Calcutta medical institutions reports 1871-78
Year: 1871
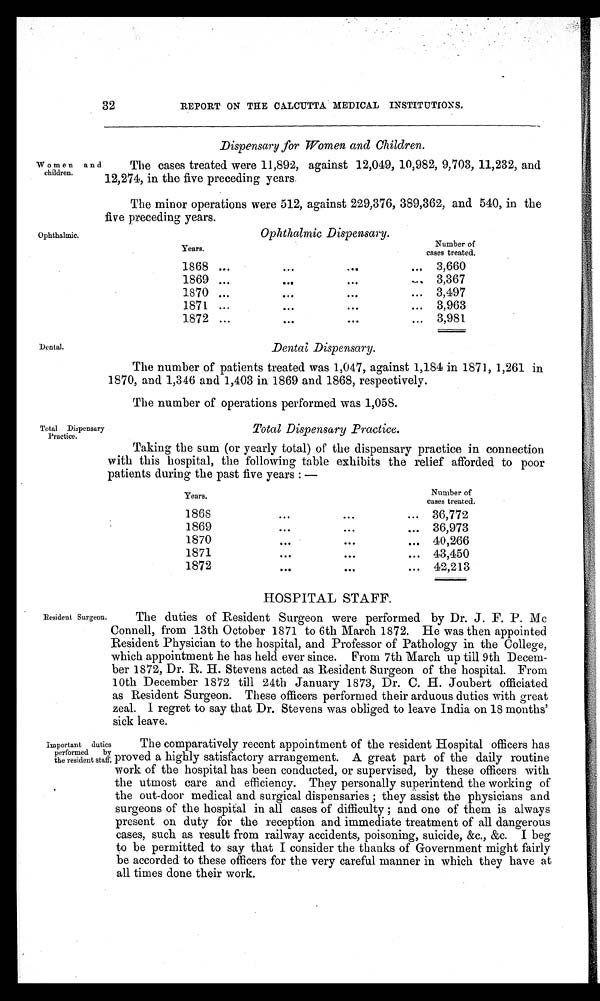
Total Dispensary
Practice.
Total Dispensary Practice.
32
REPORT ON THE CALCUTTA MEDICAL INSTITUTIONS.
Dispensary for Women and Children.
Women and
children.
The cases treated were 11,892, against 12,049, 10,982, 9,703, 11,232, and
12,274, in the five preceding years.
The minor operations were 512, against 229,376, 389,362, and 540, in the
five Preceding years.
Ophthalmic.
Dental.
Ophthalmic Dispensary.
Years.
N umber of
cases treated.
1868 ...
...
...
... 3,660
1869 ...
...
...
3,367
1870 ...
...
...
... 3,497
1871 ...
...
...
... 3,963
1872 ...
...
...
... 3,981
Dental, Dispensary.
The number of patients treated was 1,047, against 1,184 in 1871, 1,261 in
1870, and 1,346 and 1,403 in 1869 and 1868, respectively.
The number of operations performed was 1,058.
Taking the sum (or yearly total) of the dispensary practice in connection
with this hospital, the following table exhibits the relief afforded to poor
patients during the past five years :--
Years.
Number of
cases treated.
1868
...
...
... 36,772
1869
...
...
... 36,973
1870
...
...
... 40,266
1871
...
...
...
43,450
1872
...
...
...
... 42,213
HOSPITAL STAFF.
Resident Surgeon.
The duties of Resident Surgeon were performed by Dr. J. F. P. Mc
Connell, from 13th October 1871 to 6th March 1872. He was then appointed
Resident Physician to the hospital, and Professor of Pathology in the College,
which appointment he has held ever since. From 7th March up till 9th Decem-
ber 1872, Dr. R. H. Stevens acted as Resident Surgeon of the hospital. From
10th December 1872 till 24th January 1873, Dr. C. H. Joubert officiated
as Resident Surgeon. These officers performed their arduous duties with great
zeal. I regret to say that Dr. Stevens was obliged to leave India on 18 months'
sick leave.
Important duties
performed by
the resident staff.
The comparatively recent appointment of the resident Hospital officers has
proved a highly satisfactory arrangement. A great part of the daily routine
work of the hospital has been conducted, or supervised, by these officers with,
the utmost care and efficiency. They personally superintend the working of
the out-door medical and surgical dispensaries ; they assist the physicians and
surgeons of the hospital in all cases of difficulty ; and one of them is always
present on duty for the reception and immediate treatment of all dangerous
cases, such as result from railway accidents, poisoning, suicide, &c., &c. I beg
to be permitted to say that I consider the thanks of Government might fairly
be accorded to these officers for the very careful manner in which they have at
all times done their work.